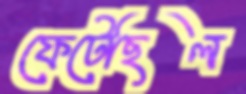
ফেটেছিল